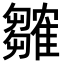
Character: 𬯲